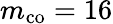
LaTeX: m_{\mathrm{co}}=16